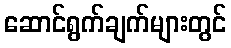
ဆောင်ရွက်ချက်များတွင်